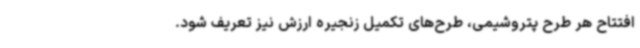
افتتاح هر طرح پتروشیمی،‌ طرح‌های تکمیل زنجیره ارزش نیز تعریف شود.